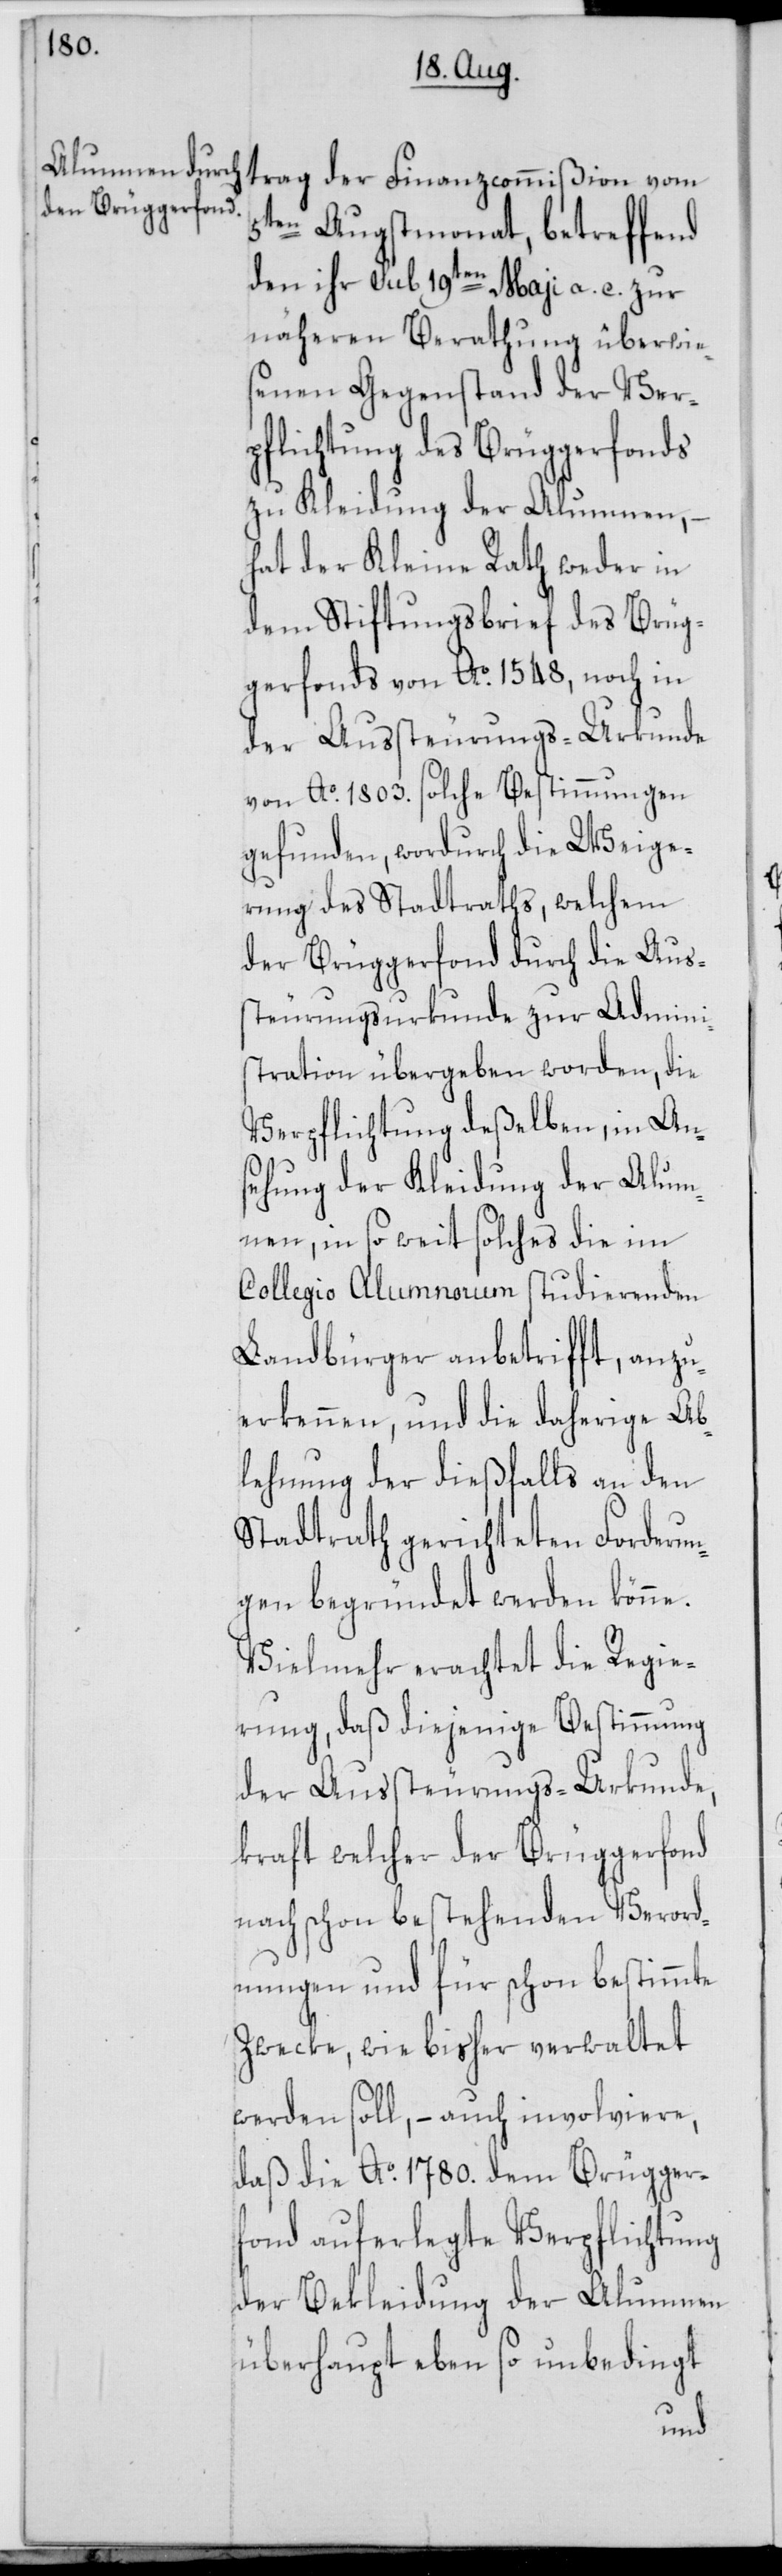
trag der Finanzcommißion vom
5ten Augstmonat, betreffend
den ihr sub 19ten Maji a. c. zur
näheren Berathung überwie¬
senen Gegenstand der Ver¬
pflichtung des Brüggerfonds
zu Kleidung der Alumnen, –
hat der Kleine Rath weder in
dem Stiftungsbrief des Brüg¬
gerfonds von Ao. 1548, noch in
der Aussteurungs-Urkunde
von Ao. 1803. solche Bestimmungen
gefunden, wordurch die Weige¬
rung des Stadtraths, welchem
der Brüggerfonds durch die Aus¬
steurungsurkunde zur Admini¬
stration übergeben worden, die
Verpflichtung deßelben, in An¬
sehung der Kleidung der Alum¬
nen, in so weit solches die im
Collegio Alumnorum studierenden
Landbürger anbetrifft, anzu¬
erkennen, und die daherige Ab¬
lehnung der dießfalls an den
Stadtrath gerichteten Forderun¬
gen begründet werden könne.
Vielmehr erachtet die Regie¬
rung, daß diejenige Bestimmung
der Aussteurungs-Urkunde,
kraft welcher der Brüggerfonds
nach schon bestehenden Verord¬
nungen und für schon bestimmte
Zwecke, wie bisher verwaltet
werden soll, – auch involviere,
daß die Ao. 1780. dem Brügger¬
fond auferlegte Verpflichtung
der Bekleidung der Alumnen
überhaupt eben so unbedingt